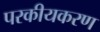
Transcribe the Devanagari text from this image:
परकीयकरण